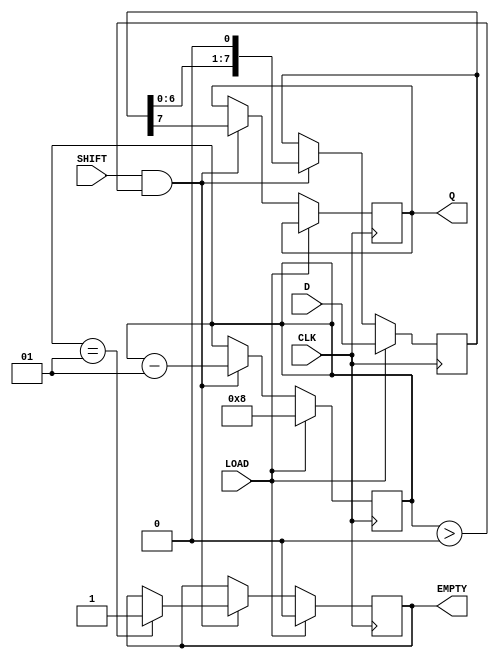
module PISO_Register #(
    parameter WIDTH = 8  // Parameter for the width of the parallel data
)(
    input wire [WIDTH-1:0] D,      // Parallel data inputs
    input wire CLK,                 // Clock signal
    input wire LOAD,                // Load enable signal
    input wire SHIFT,               // Shift enable signal
    output reg Q,                   // Serial output
    output reg EMPTY                // Indicates if the register is empty
);

    reg [WIDTH-1:0] shift_reg;      // Shift register to hold the data
    integer count;                  // Bit counter for shifting out data

    // Initial state
    initial begin
        shift_reg = 0;
        Q = 0;
        EMPTY = 1;
        count = 0; // Initialize the count for shifts
    end

    // Clock process for loading and shifting
    always @(posedge CLK) begin
        if (LOAD) begin
            // Load data into the shift register
            shift_reg <= D;
            EMPTY <= 0; // Register is no longer empty after loading
            count <= WIDTH; // Reset the count to the width of the data
        end else if (SHIFT && count > 0) begin
            // Shift data out serially
            Q <= shift_reg[WIDTH-1]; // Output the MSB
            shift_reg <= shift_reg << 1; // Shift the register left
            count <= count - 1; // Decrement the count
            if (count == 1) begin
                EMPTY <= 1; // Mark the register as empty after last shift
            end
        end
    end

endmodule